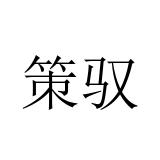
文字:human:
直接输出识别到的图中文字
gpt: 策驭